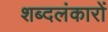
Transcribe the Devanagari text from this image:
शब्दलंकारों